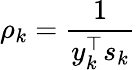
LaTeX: \rho_{k}={\frac{1}{y_{k}^{\top}s_{k}}}